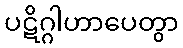
ပဋိဂ္ဂါဟာပေတွာ